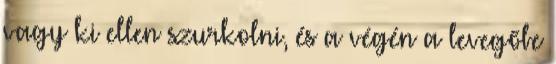
vagy ki ellen szurkolni, és a végén a levegőbe